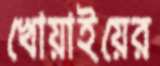
খোয়াইয়ের